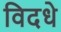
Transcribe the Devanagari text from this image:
विदधे